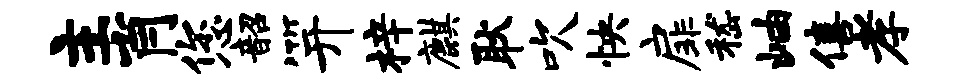
主肖您韶笄梓麒耿吹怏扉嵇岫僖孝